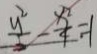
\frac { y ^ { 2 } } { 2 } - \frac { x ^ { 2 } } { 4 } = 1